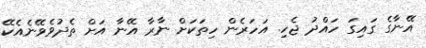
އޭނާގެ ގައިގަ ހައްދު ޖެހި. އަހަރެން ހިތަކަށް ނާރާ އޭނާ އަށް ތެދުވެވޭނެއެކޭ